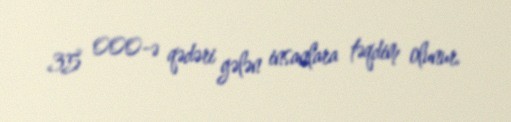
35 000-ə qədəri gələn insanlara təqdim olunur.